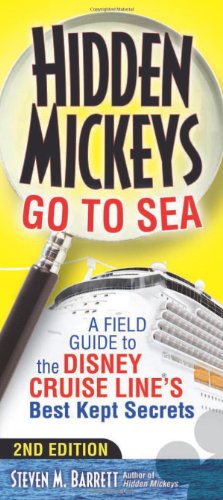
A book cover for Hidden Mickeys Go To Sea: A Field Guide to the Disney Cruise Line's Best Kept Secrets; Steven M. Barrett; Travel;